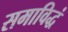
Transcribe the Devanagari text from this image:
समाविद्धं